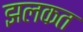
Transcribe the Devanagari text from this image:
झलकत